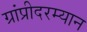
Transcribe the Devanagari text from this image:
ग्रांप्रीदरम्यान